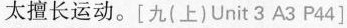
太擅长运动。[九(上)Unit 3 A3 P44]